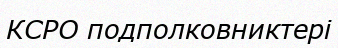
КСРО подполковниктері